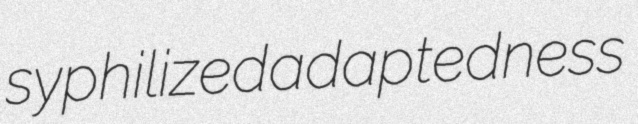
syphilized adaptedness